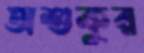
অশুকুর